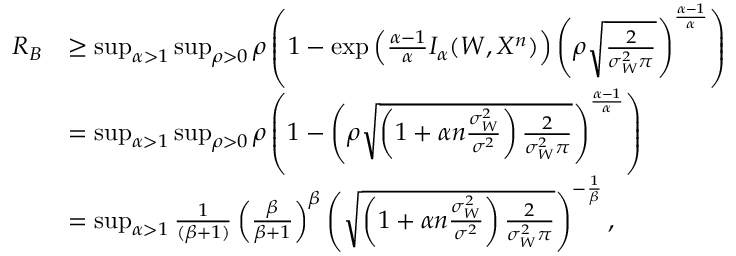
\begin{array} { r l } { R _ { B } } & { \geq \operatorname* { s u p } _ { \alpha > 1 } \operatorname* { s u p } _ { \rho > 0 } \rho \left( 1 - \exp \left( \frac { \alpha - 1 } { \alpha } I _ { \alpha } ( W , X ^ { n } ) \right) \left( \rho \sqrt { \frac { 2 } { \sigma _ { W } ^ { 2 } \pi } } \right) ^ { \frac { \alpha - 1 } { \alpha } } \right) } \\ & { = \operatorname* { s u p } _ { \alpha > 1 } \operatorname* { s u p } _ { \rho > 0 } \rho \left( 1 - \left( \rho \sqrt { \left( 1 + \alpha n \frac { \sigma _ { W } ^ { 2 } } { \sigma ^ { 2 } } \right) \frac { 2 } { \sigma _ { W } ^ { 2 } \pi } } \right) ^ { \frac { \alpha - 1 } { \alpha } } \right) } \\ & { = \operatorname* { s u p } _ { \alpha > 1 } \frac { 1 } { ( \beta + 1 ) } \left( \frac { \beta } { \beta + 1 } \right) ^ { \beta } \left( \sqrt { \left( 1 + \alpha n \frac { \sigma _ { W } ^ { 2 } } { \sigma ^ { 2 } } \right) \frac { 2 } { \sigma _ { W } ^ { 2 } \pi } } \right) ^ { - \frac { 1 } { \beta } } , } \end{array}